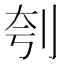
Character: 刳